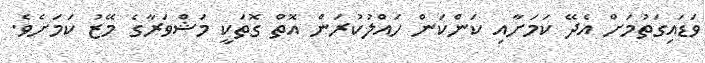
ވަޑައިގަތުމަށް އެދޭ ކަމަށާއި ކަންކަން ހައްލުކުރަން އޮތް ގޮތަކީ މަޝްވަރާގެ މޭޒު ކަމަށެވެ.